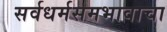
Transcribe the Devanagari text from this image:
सर्वधर्मसमभावाचा